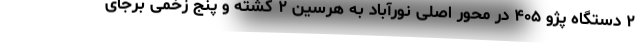
۲ دستگاه پژو ۴۰۵ در محور اصلی نورآباد به هرسین ۲ کشته و پنج زخمی برجای